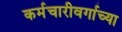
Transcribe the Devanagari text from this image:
कर्मचारीवर्गाच्या